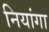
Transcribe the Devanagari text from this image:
नियांगा